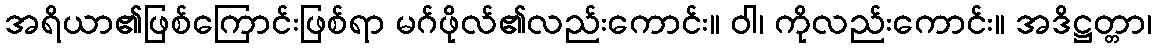
အရိယာ၏ဖြစ်ကြောင်းဖြစ်ရာ မဂ်ဖိုလ်၏လည်းကောင်း။ ဝါ၊ ကိုလည်းကောင်း။ အဒိဋ္ဌတ္တာ၊